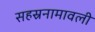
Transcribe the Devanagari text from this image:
सहस्रनामावली